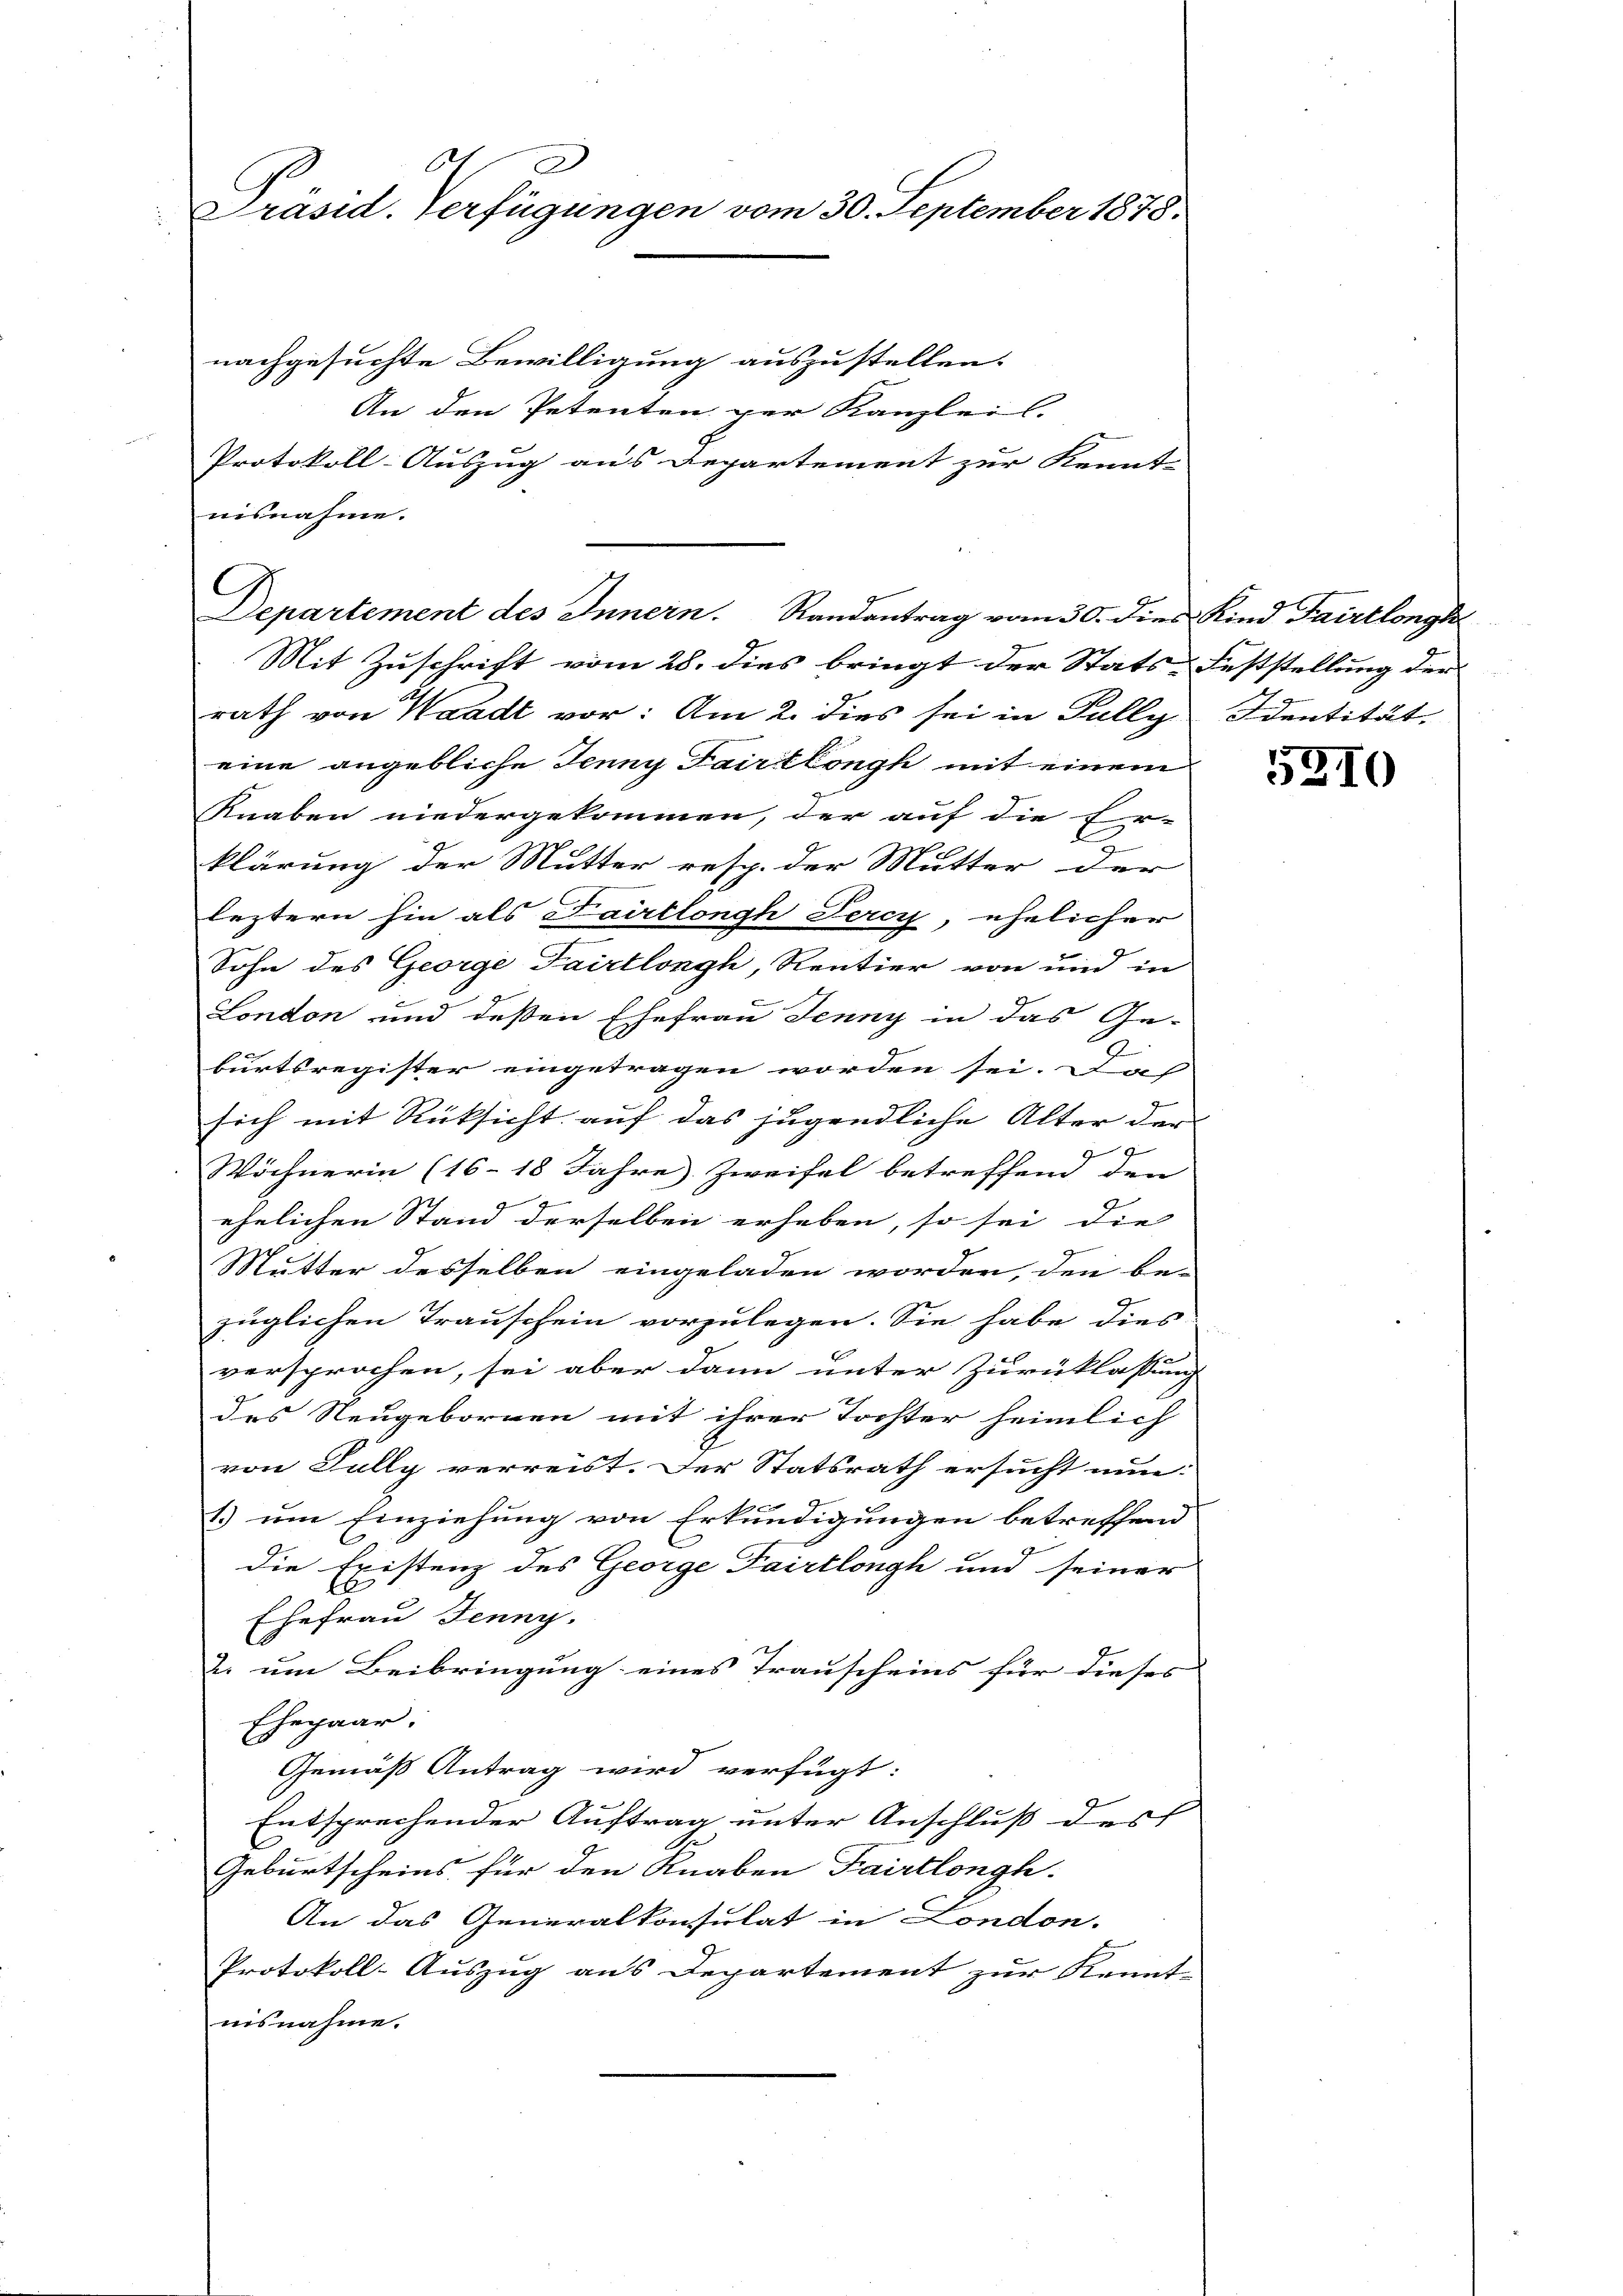
62
Präsid. Verfügungen vom 30. September 1875.

C

nachgesuchte Bewilligung auszustellen.
An den Petenten per Kanzleis
Protokoll-Auszug aus Departement zur Kennt-
nisnahme.
Mit Zuschrift vom 28. dies bringt der Stats-Feststellung der
rath von Waadt vor: Am 2. dies sei in Fully Identität,
eine angebliche Jenny Fairtlongh mit einem
Knaben niedergekommen, der auf die Er-
klärung der Mutter resp. der Mutter der
C
leztern hin als Pairtlongh Percy, ehelicher
Sohn des George Tairtlongh, Rentier von und in
London und deßen Ehefrau Jenny in das Ge-
2
burtsregister eingetragen worden sei. Das
sich mit Rüksicht auf das jugendliche Alter der
Wöchnerin (16–18 Jahre Zweifel betreffend den
7
ehelichen Stand derselben erheben, so sei die
Mutter desselben eingeladen worden, den be-
züglichen Trauschein vorzulegen. Sie habe dies
versprochen, sei aber dann unter Zurücklassung
des Neugebornen mit ihrer Tochter heimlich
von Jully verreist. Der Statsrath ersucht nun-
1.) um Einziehung von Erkundigungen betreffend
die Existenz des George Dairtlongh und seiner
Ehefrau Jenny.
18
2. um Beibringung eines Trauscheins für dieses
Ehepaar.
Gemäß Antrag wird verfügt:
Entsprechender Auftrag unter Anschluß des
E.
Geburtscheins für den Knaben Fairtlongh.
An das Generalkonsulat in London.
Protokoll-Auszug aus Departement zur Kennt-
nisnahme.

Departement des Innern. Randantrag vom 30. dies Kind Fairtlongh

5310